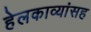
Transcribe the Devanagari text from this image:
हेलकाव्यांसह